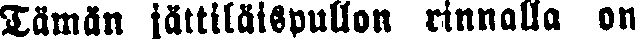
Tämän jättiläispullon rinnalla on